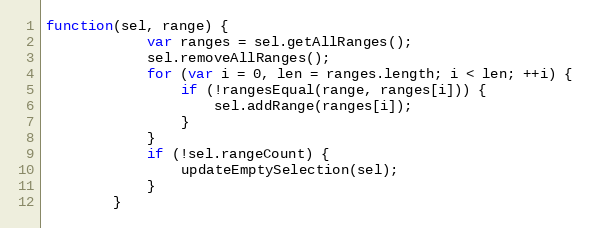
Language: JavaScript
function(sel, range) {
            var ranges = sel.getAllRanges();
            sel.removeAllRanges();
            for (var i = 0, len = ranges.length; i < len; ++i) {
                if (!rangesEqual(range, ranges[i])) {
                    sel.addRange(ranges[i]);
                }
            }
            if (!sel.rangeCount) {
                updateEmptySelection(sel);
            }
        }